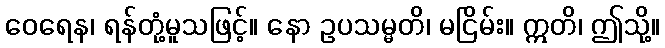
ဝေရေန၊ ရန်တုံ့မူသဖြင့်။ နော ဥပသမ္မတိ၊ မငြိမ်း။ ဣတိ၊ ဤသို့။